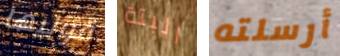
قوليها البتة أرسلته